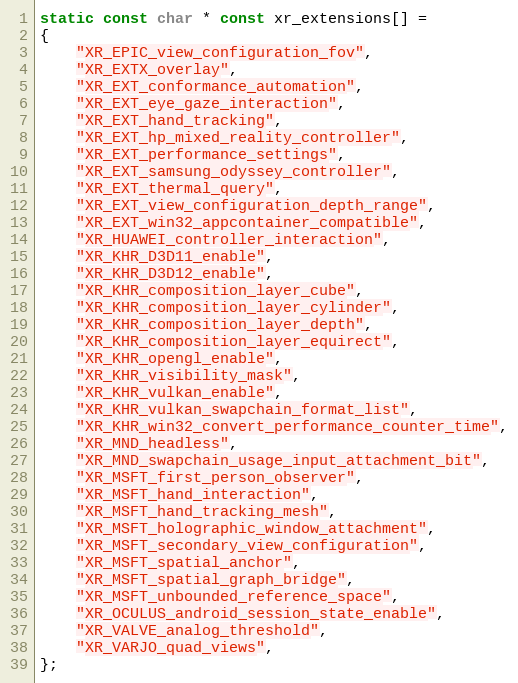
Language: C
static const char * const xr_extensions[] =
{
    "XR_EPIC_view_configuration_fov",
    "XR_EXTX_overlay",
    "XR_EXT_conformance_automation",
    "XR_EXT_eye_gaze_interaction",
    "XR_EXT_hand_tracking",
    "XR_EXT_hp_mixed_reality_controller",
    "XR_EXT_performance_settings",
    "XR_EXT_samsung_odyssey_controller",
    "XR_EXT_thermal_query",
    "XR_EXT_view_configuration_depth_range",
    "XR_EXT_win32_appcontainer_compatible",
    "XR_HUAWEI_controller_interaction",
    "XR_KHR_D3D11_enable",
    "XR_KHR_D3D12_enable",
    "XR_KHR_composition_layer_cube",
    "XR_KHR_composition_layer_cylinder",
    "XR_KHR_composition_layer_depth",
    "XR_KHR_composition_layer_equirect",
    "XR_KHR_opengl_enable",
    "XR_KHR_visibility_mask",
    "XR_KHR_vulkan_enable",
    "XR_KHR_vulkan_swapchain_format_list",
    "XR_KHR_win32_convert_performance_counter_time",
    "XR_MND_headless",
    "XR_MND_swapchain_usage_input_attachment_bit",
    "XR_MSFT_first_person_observer",
    "XR_MSFT_hand_interaction",
    "XR_MSFT_hand_tracking_mesh",
    "XR_MSFT_holographic_window_attachment",
    "XR_MSFT_secondary_view_configuration",
    "XR_MSFT_spatial_anchor",
    "XR_MSFT_spatial_graph_bridge",
    "XR_MSFT_unbounded_reference_space",
    "XR_OCULUS_android_session_state_enable",
    "XR_VALVE_analog_threshold",
    "XR_VARJO_quad_views",
};